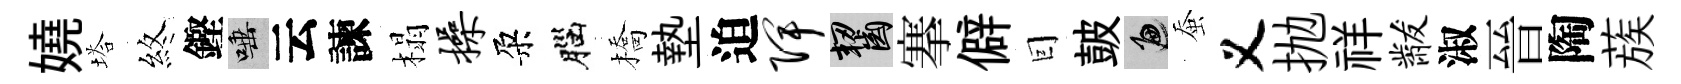
嬈塔煞鏗唾云諫榻操朶腦橋墊迫陴齧搴僻囙皷遍蚕义抛祥黻淑晉陶蔟